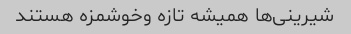
شیرینی‌ها همیشه تازه وخوشمزه هستند